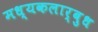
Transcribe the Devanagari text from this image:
मध्यकलार्बुध